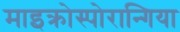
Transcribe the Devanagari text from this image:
माइक्रोस्पोरान्गिया